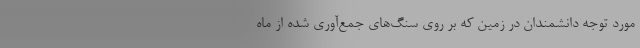
مورد توجه دانشمندان در زمین که بر روی سنگ‌های جمع‌آوری شده از ماه